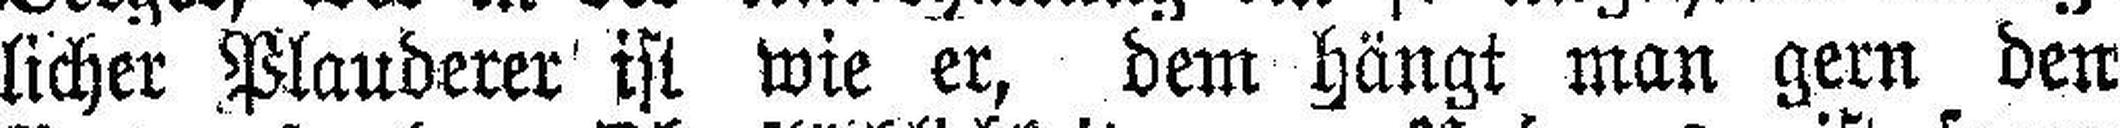
licher Plauderer ist wie er, dem hängt man gern den